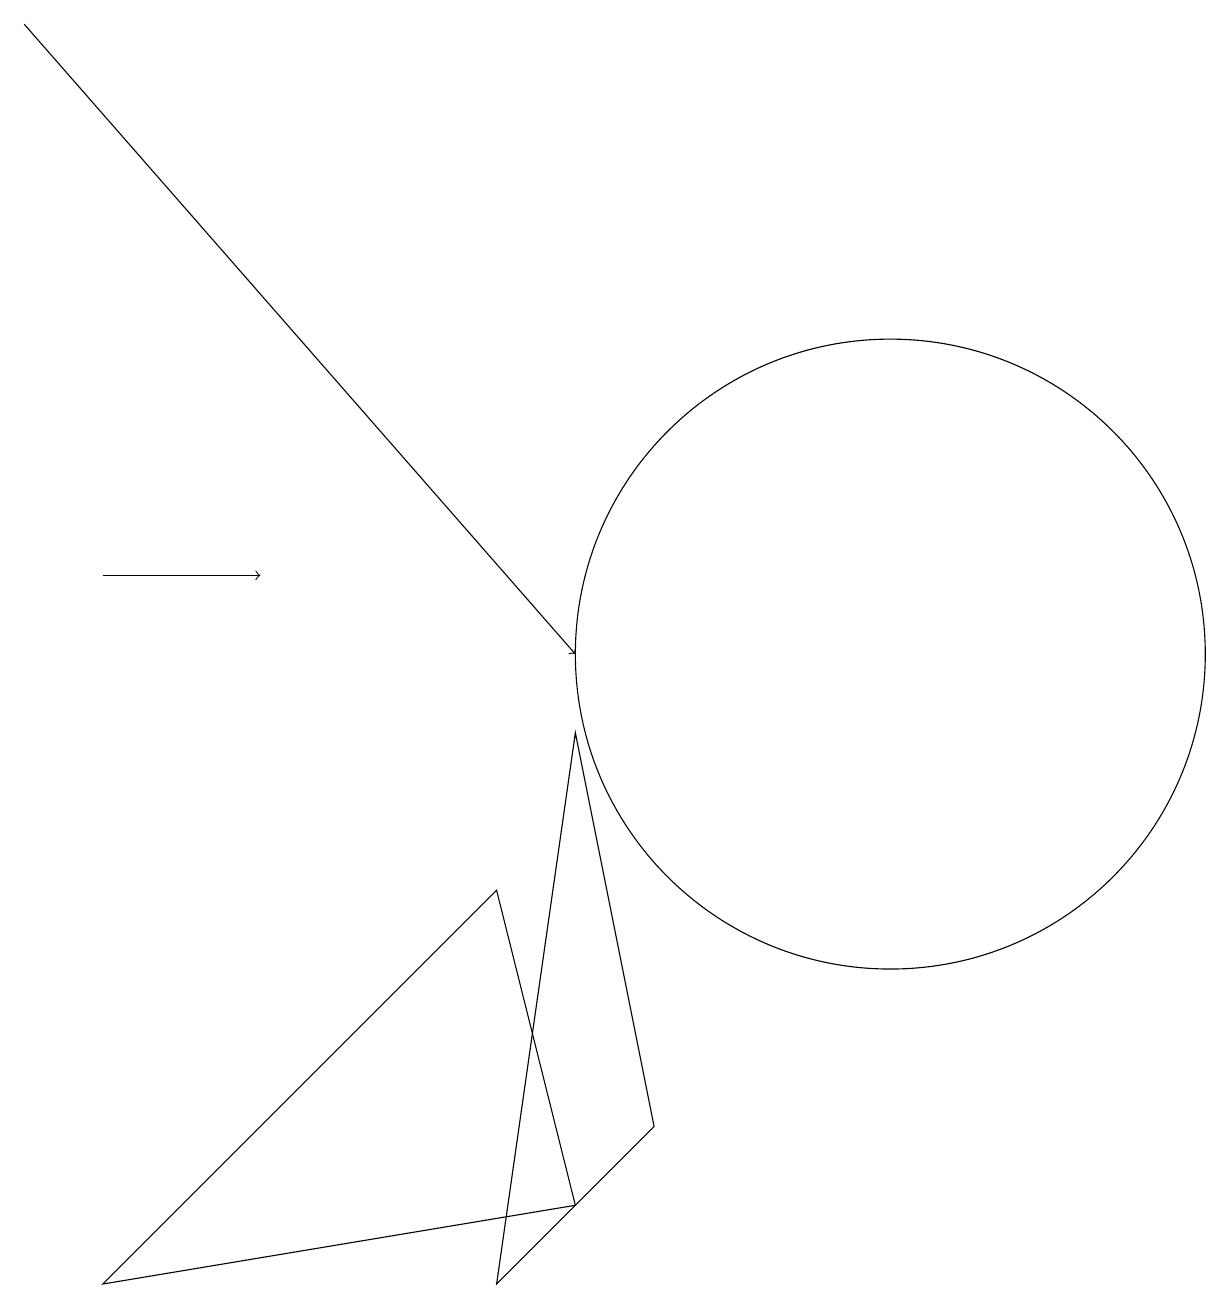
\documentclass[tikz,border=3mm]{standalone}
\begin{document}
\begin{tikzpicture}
\draw (6,7) -- (7,3) -- (1,2) -- cycle;
\draw (11,10) circle (4);
\draw[->] (1,11) -- (3,11);
\draw[->] (0,18) -- (7,10);
\draw (8,4) -- (7,9) -- (6,2) -- cycle;
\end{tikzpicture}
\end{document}